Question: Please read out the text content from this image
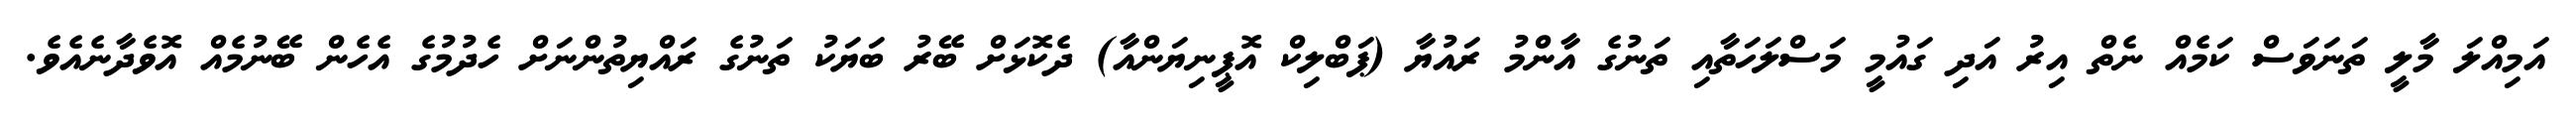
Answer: އަމިއްލަ މާލީ ތަނަވަސް ކަމެއް ނެތް އިރު އަދި ގައުމީ މަސްލަހަތާއި ތަނުގެ އާންމު ރައުޔާ (ޕަބްލިކް އޮޕީނިޔަންއާ) ދެކޮޅަށް ބޭރު ބަޔަކު ތަނުގެ ރައްޔިތުންނަށް ހެދުމުގެ އެހެން ބޭނުމެއް އޮވެދާނެއެވެ.